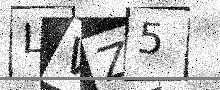
Text: LVZ5